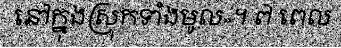
នៅក្នុងស្រុកទាំងមូល»។ ៧ ពេល